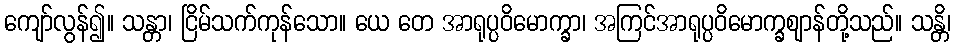
ကျော်လွန်၍။ သန္တာ၊ ငြိမ်သက်ကုန်သော။ ယေ တေ အာရုပ္ပဝိမောက္ခာ၊ အကြင်အာရုပ္ပဝိမောက္ခဈာန်တို့သည်။ သန္တိ၊